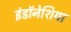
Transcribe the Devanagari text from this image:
इंडॉनेशिया